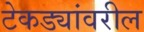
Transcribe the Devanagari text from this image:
टेकड्यांवरील